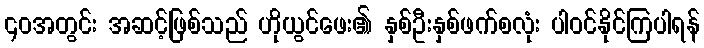
၄၀အတွင်း အဆင့်ဖြစ်သည် ဟိုယွင်ဖေး၏ နှစ်ဦးနှစ်ဖက်စလုံး ပါဝင်နိုင်ကြပါရန်